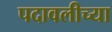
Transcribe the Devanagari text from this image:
पदावलीच्या